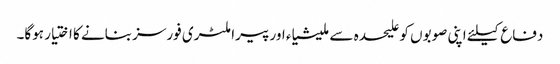
دفاع کیلئے اپنی صوبوں کو علیحدہ سے ملیشیاء اور پیرا ملٹری فورسز بنانے کا اختیار ہوگا۔